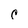
Character: c